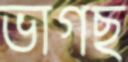
ভাগছ